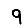
Digit: 9